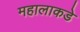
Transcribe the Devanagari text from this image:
महालाकडे